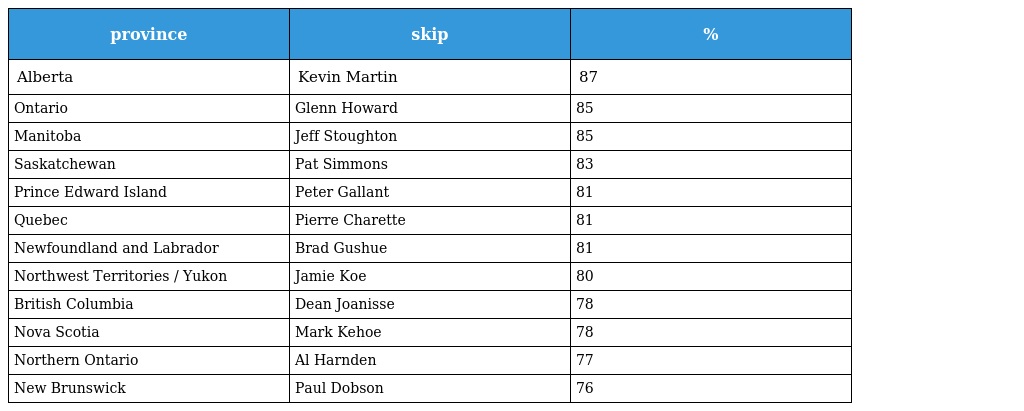
| province | skip | % |
 | --- | --- | --- |
 | Alberta | Kevin Martin | 87 |
 | Ontario | Glenn Howard | 85 |
 | Manitoba | Jeff Stoughton | 85 |
 | Saskatchewan | Pat Simmons | 83 |
 | Prince Edward Island | Peter Gallant | 81 |
 | Quebec | Pierre Charette | 81 |
 | Newfoundland and Labrador | Brad Gushue | 81 |
 | Northwest Territories / Yukon | Jamie Koe | 80 |
 | British Columbia | Dean Joanisse | 78 |
 | Nova Scotia | Mark Kehoe | 78 |
 | Northern Ontario | Al Harnden | 77 |
 | New Brunswick | Paul Dobson | 76 |